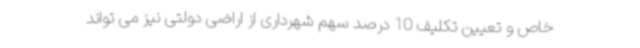
خاص و تعیین تکلیف 10 درصد سهم شهرداری از اراضی دولتی نیز می تواند